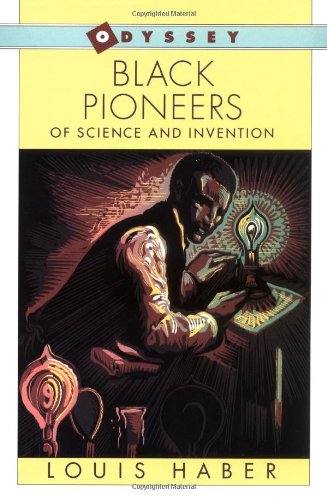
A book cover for Black Pioneers of Science and Invention; Louis Haber; Biographies & Memoirs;